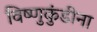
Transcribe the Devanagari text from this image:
विष्णुकुंडीना